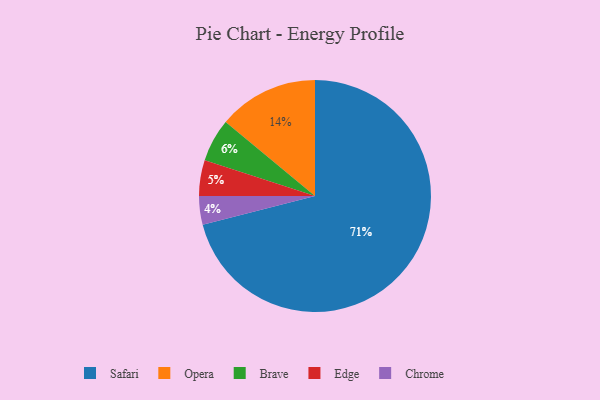
{"axis": {"x": "Category", "y": "Percentage"}, "legend": ["Brave", "Chrome", "Edge", "Opera", "Safari"], "data": [{"x": "Safari", "y": 71, "type": "Safari"}, {"x": "Chrome", "y": 4, "type": "Chrome"}, {"x": "Edge", "y": 5, "type": "Edge"}, {"x": "Opera", "y": 14, "type": "Opera"}, {"x": "Brave", "y": 6, "type": "Brave"}]}